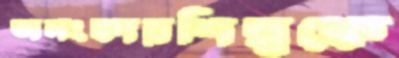
অলংকারশিল্পকে